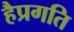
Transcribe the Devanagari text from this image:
हैप्रगति